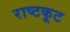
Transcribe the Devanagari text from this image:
राष्टकूट